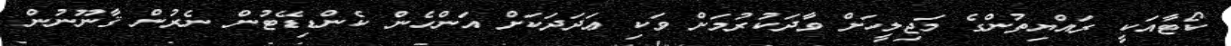
ކޯޓާއަކީ ރައްޔިތުންގެ މަޖިލީހަށް ވާދަކުރުމަށް ވަކި ޢަދަދަކަށް އަންހެން ކެންޑިޑޭޓުން ނެރުން ޤާނޫނުން